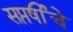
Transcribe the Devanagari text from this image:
सप्तर्षींचे